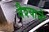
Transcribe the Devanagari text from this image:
वैश्याने